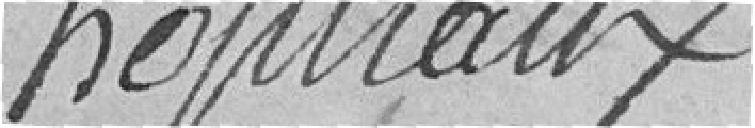
hôpitaux